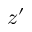
z ^ { \prime }